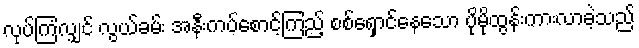
လုပ်ကြံလျှင် လွယ်ခမ်း အနီးကပ်စောင့်ကြည့် စစ်ရှောင်နေသော ပိုမိုထွန်းကားလာခဲ့သည်